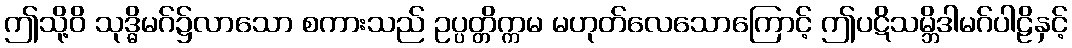
ဤသို့ဝိ သုဒ္ဓိမဂ်၌လာသော စကားသည် ဥပ္ပတ္တိက္ကမ မဟုတ်လေသောကြောင့် ဤပဋိသမ္ဘိဒါမဂ်ပါဠိနှင့်